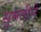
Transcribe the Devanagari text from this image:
सुमतीने